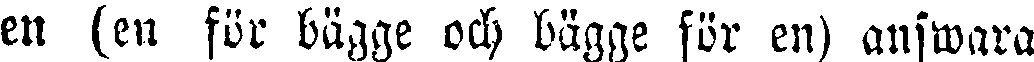
en (en för bägge och bägge för en) answara